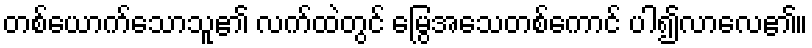
တစ်ယောက်သောသူ၏ လက်ထဲတွင် မြွေအသေတစ်ကောင် ပါ၍လာလေ၏။